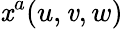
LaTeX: \mathit{x}^{a}(u,\mathit{v},w)